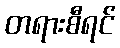
တရားစီရင်